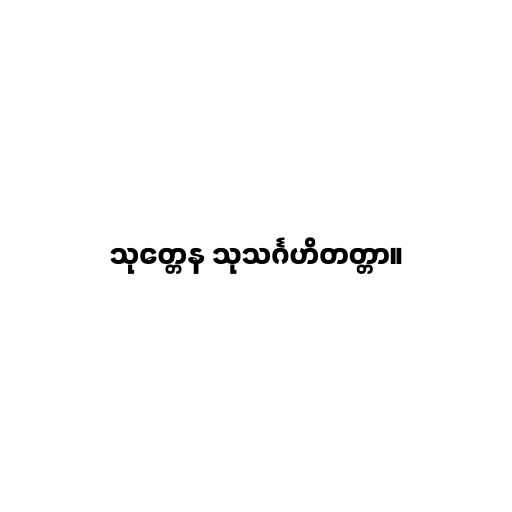
သုတ္တေန သုသင်္ဂဟိတတ္တာ။